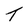
Character: T